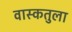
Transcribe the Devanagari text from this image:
वास्कतुला